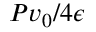
P v _ { 0 } / 4 \epsilon